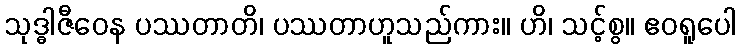
သုဒ္ဓါဇီဝေန ပဿတာတိ၊ ပဿတာဟူသည်ကား။ ဟိ၊ သင့်စွ။ ဧဝရူပေါ